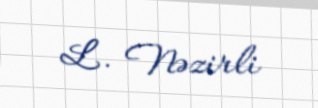
L. Nəzirli